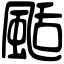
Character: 颳